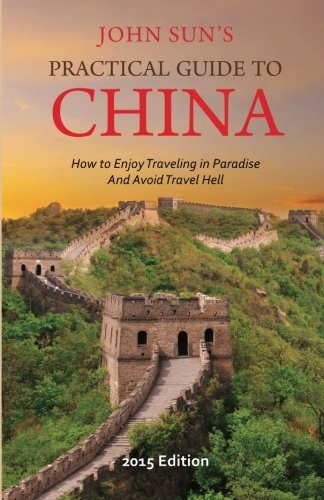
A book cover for A Practical Guide to My China: How to Enjoy Traveling in Paradise and Avoid Travel Hell; John Sun; Travel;